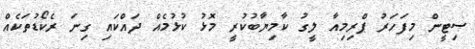
ސިޓީން މިފަހަރު ޕްރިމިއާ ލީގު ކާމިޔާބުކުރީ މޮޅު ކުޅުމެއް ދައްކައި ގިނަ ރެކޯޑުތަކެއް